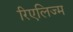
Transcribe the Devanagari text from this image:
रिएलिज्म